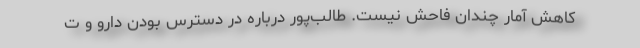
کاهش آمار چندان فاحش نیست. طالب‌پور درباره در دسترس بودن دارو و ت